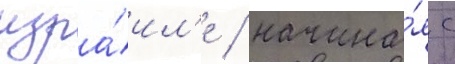
изра́ил'е / начина́я с